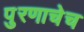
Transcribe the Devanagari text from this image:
पुरणाचेच